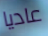
عاديا